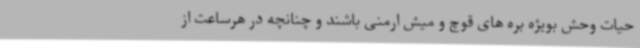
حیات وحش بویژه بره های قوچ و میش ارمنی باشند و چنانچه در هرساعت از